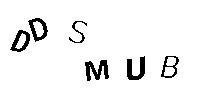
DDSMUB